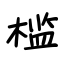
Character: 槛